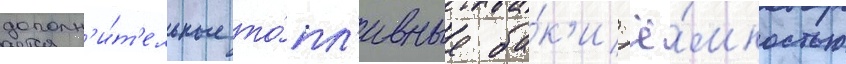
дополн'и́т'ельные то́пл'ивные ба́к'и ё́мкостью